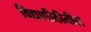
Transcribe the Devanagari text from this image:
विद्यापीठीतील